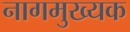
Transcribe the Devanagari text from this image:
नागमुख्यक